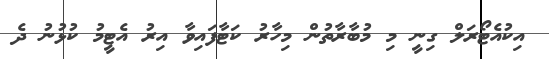
އިކުއެޓޯރަލް ގިނީ މި މުބާރާތުން މިހާރު ކަޓާފައިވާ އިރު އެޓީމު ކުޅުނު ދެ